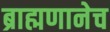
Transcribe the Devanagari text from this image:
ब्राह्मणानेच